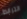
الترابط